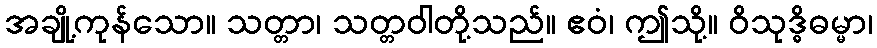
အချို့ကုန်သော။ သတ္တာ၊ သတ္တဝါတို့သည်။ ဧဝံ၊ ဤသို့။ ဝိသုဒ္ဓိဓမ္မာ၊